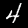
Digit: 4